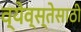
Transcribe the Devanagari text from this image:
व्येव्स्तेसाठी